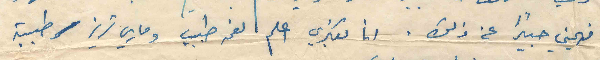
افهميني جيداً عن ذلك . أنا بفكري اعلم نعمه طبيب وماري تريز طبيبة